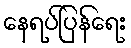
နေရပ်ပြန်ရေး